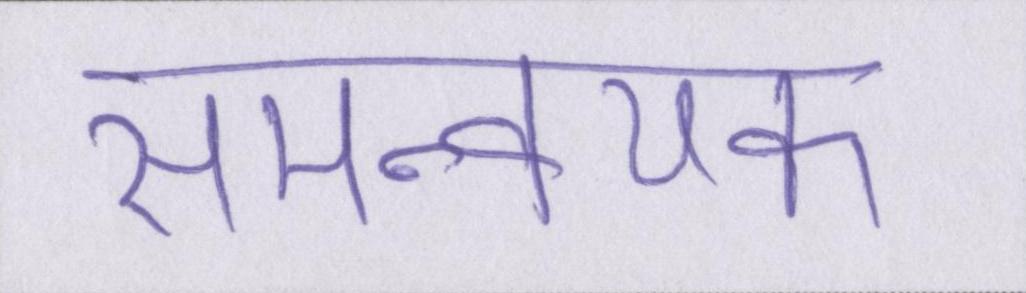
समन्वयक